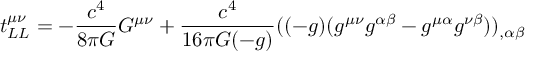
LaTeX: t _ { L L } ^ { \mu \nu } = - { \frac { c ^ { 4 } } { 8 \pi G } } G ^ { \mu \nu } + { \frac { c ^ { 4 } } { 1 6 \pi G ( - g ) } } ( ( - g ) ( g ^ { \mu \nu } g ^ { \alpha \beta } - g ^ { \mu \alpha } g ^ { \nu \beta } ) ) _ { , \alpha \beta }